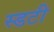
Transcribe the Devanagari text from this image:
स्डटी